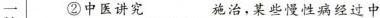
一 ②中医讲究﹍﹍施治，某些慢性病经过中